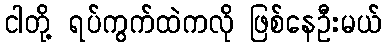
ငါတို့ ရပ်ကွက်ထဲကလို ဖြစ်နေဦးမယ်